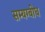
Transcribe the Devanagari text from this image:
सम्यग्बोध